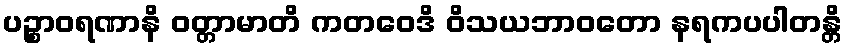
ပဉ္စာဝရဏာနိ ဝတ္တာမာတိ ကတဝေဒိ ဝိသယဘာဝတော နရကပပါတန္တိ